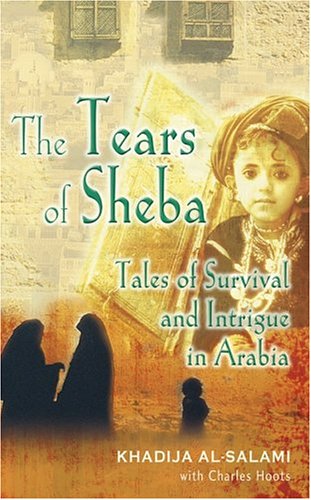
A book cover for The Tears of Sheba: Tales of Survival and Intrigue in Arabia; Khadija al-Salami; History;